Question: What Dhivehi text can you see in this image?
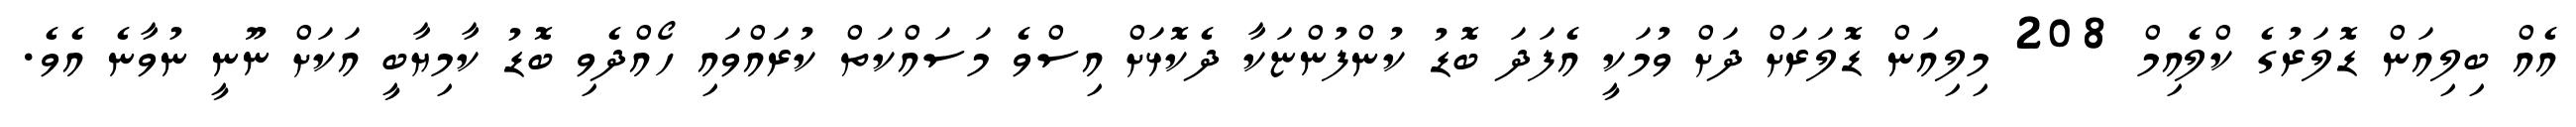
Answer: އެއް ބިލިއަން ޑޮލަރުގެ ކްލެއިމް 208 މިލިއަން ޑޮލަރަށް ދަށް ވުމަކީ އެފަދަ ބޮޑު ކުންފުންޏަކާ ދެކޮޅަށް އިސްވެ މަސައްކަތް ކުރައްވައި ހޯއްދެވި ބޮޑު ކާމިޔާބީ އަކަށް ނޫނީ ނުވާނެ އެވެ.